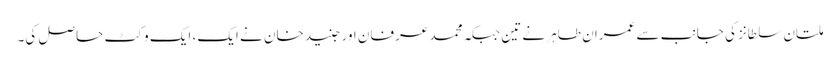
ملتان سلطانز کی جانب سے عمران طاہر نے تین جبکہ محمد عرفان اور جنید خان نے ایک، ایک وکٹ حاصل کی۔